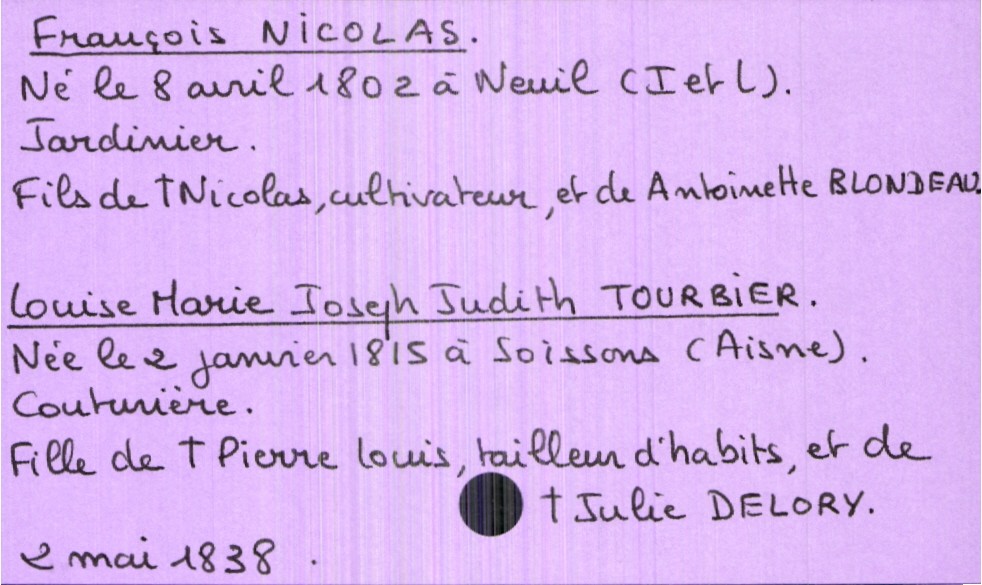
type_acte: Mariage
année: 1838
mois: mai
jour: 2
marié_nom: Nicolas
marié_prénom: François
marié_profession: jardinier
marié_date_de_naissance: 8 avril 1802
marié_lieu_de_naissance: Neuil (Indre et Loire)
père_marié_nom: Nicolas
père_marié_prénom: Nicolas
père_marié_profession: cultivateur
père_marié_statut: décédé
mère_marié_nom: Blondeau
mère_marié_prénom: Antoinette
mariée_nom: Tourbier
mariée_prénom: Louise Marie Jospeh Judith
mariée_profession: couturière
mariée_date_de_naissance: 2 janvier 1815
mariée_lieu_de_naissance: Soissons (Aisne)
père_mariée_nom: Tourbier
père_mariée_prénom: Pierre Louis
père_mariée_profession: tailleur d'habits
père_mariée_statut: décédé
mère_mariée_nom: Delory
mère_mariée_prénom: Julie
mère_mariée_statut: décédée